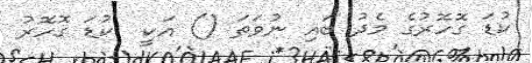
ކުޑަ ގޮހޮރުގެ މެދު ބައި ނުވަތަ () އަކީ  ކުޑަ ގޮހޮރު